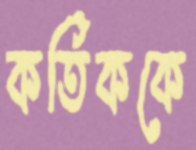
কর্তিককে